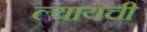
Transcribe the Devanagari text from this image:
ल्यायची